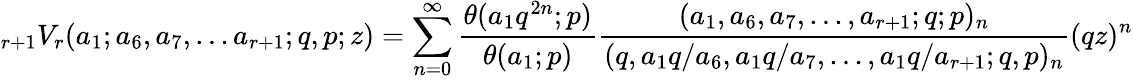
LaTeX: \displaystyle{}_{r+1}V_{r}(a_{1};a_{6},a_{7},...a_{r+1};q,p;z)=\sum_{n=0}^{\infty}{\frac{\theta(a_{1}q^{2n};p)}{\theta(a_{1};p)}}{\frac{(a_{1},a_{6},a_{7},...,a_{r+1};q;p)_{n}}{(q,a_{1}q/a_{6},a_{1}q/a_{7},...,a_{1}q/a_{r+1};q,p)_{n}}}(qz)^{n}